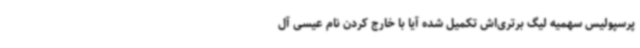
پرسپولیس سهمیه‌ لیگ برتری‌اش تکمیل شده آیا با خارج کردن نام عیسی آل